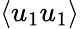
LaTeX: \langle u_{1}u_{1}\rangle